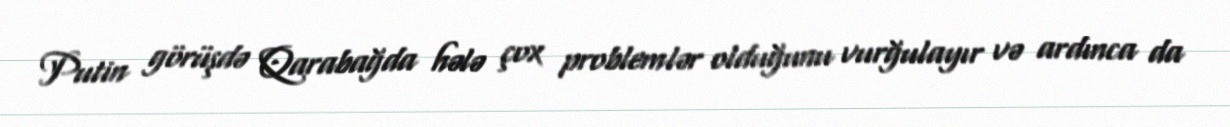
Putin görüşdə Qarabağda hələ çox problemlər olduğunu vurğulayır və ardınca da